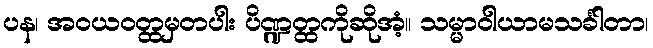
ပန၊ အဝယဝတ္ထမှတပါး ပိဏ္ဍတ္ထကိုဆိုအံ့။ သမ္မာဝါယာမသင်္ခါတာ၊